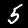
Digit: 5